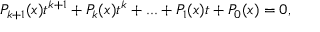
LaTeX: P _ { k + 1 } ( x ) t ^ { k + 1 } + P _ { k } ( x ) t ^ { k } + . . . + P _ { 1 } ( x ) t + P _ { 0 } ( x ) = 0 ,